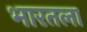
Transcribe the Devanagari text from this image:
भारतला